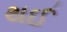
થઈ